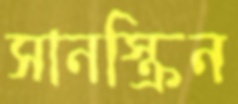
সানস্ক্রিন